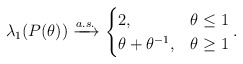
\begin{align*} \lambda_1(P(\theta)) \xrightarrow[]{a.s.} \begin{cases} 2, & \theta \leq 1 \\ \theta+\theta^{-1}, & \theta \geq 1 \end{cases}.\end{align*}